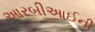
આરબીઆઈની